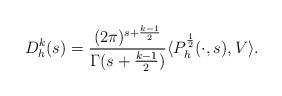
LaTeX: \begin{align*} D_h^k(s) = \frac{(2\pi)^{s + \frac{k-1}{2}}}{\Gamma(s + \frac{k-1}{2})} \langle P_h^{\frac{1}{2}}(\cdot, s), V \rangle.\end{align*}